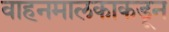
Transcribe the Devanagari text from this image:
वाहनमालकाकडून